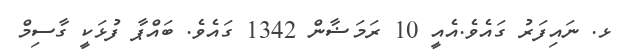
ޅ. ނައިފަރު ގައެވެ.އެއީ 10 ރަމަޟާން 1342 ގައެވެ. ބައްޕާ ފުޅަކީ ގާސިމް